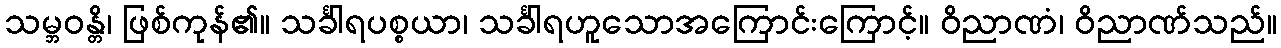
သမ္ဘဝန္တိ၊ ဖြစ်ကုန်၏။ သင်္ခါရပစ္စယာ၊ သင်္ခါရဟူသောအကြောင်းကြောင့်။ ဝိညာဏံ၊ ဝိညာဏ်သည်။